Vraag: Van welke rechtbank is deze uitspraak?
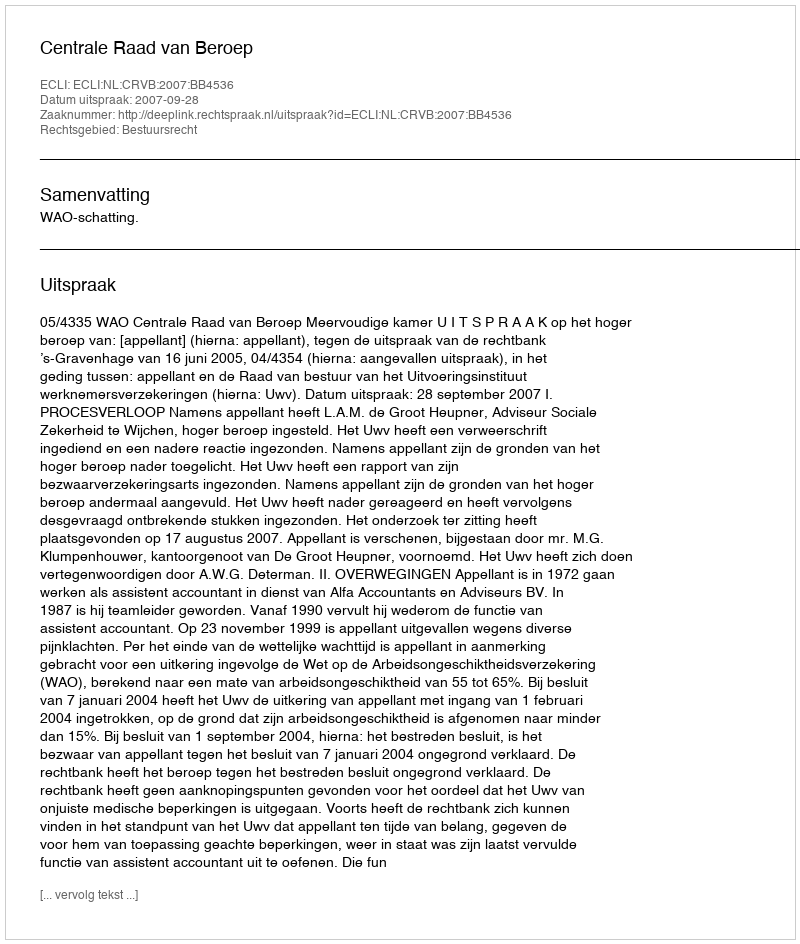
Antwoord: Centrale Raad van Beroep